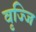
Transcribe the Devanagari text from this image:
वृज्जि